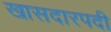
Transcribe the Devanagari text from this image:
खासदारपदी